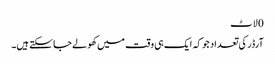
0 لاٹ
آرڈر کی تعداد جو کہ ایک ہی وقت میں کھولے جا سکتے ہیں۔